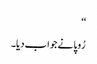
‘‘
رُوپا نے جواب دیا۔